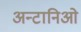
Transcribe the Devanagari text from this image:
अन्टानिओ